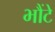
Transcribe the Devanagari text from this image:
भौंटे